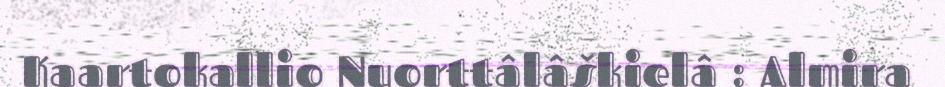
Kaartokallio Nuorttâlâškielâ : Almira